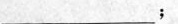
___；